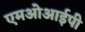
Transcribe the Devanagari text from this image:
एमओआईपी